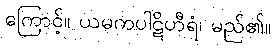
ကြောင့်။ ယမကပါဋိဟီရံ၊ မည်၏။